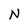
Character: N